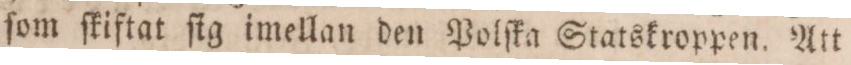
ſom ſkiftat ſig imellan den Polſka Statskroppen. Att